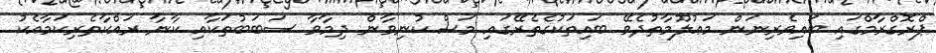
ޕްރޮގްރާމްގައި ބައިވެރިނަން މަޢުލޫމާތުދެވޭ ބައިތަކުގެތެރޭގައި މަސް ކުނިވާން ދިމާވާ ސަބަބުތަކާއި ކާނާ ރައްކާތެރިކަމާއެކު